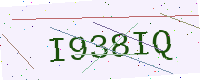
Text: I938IQ